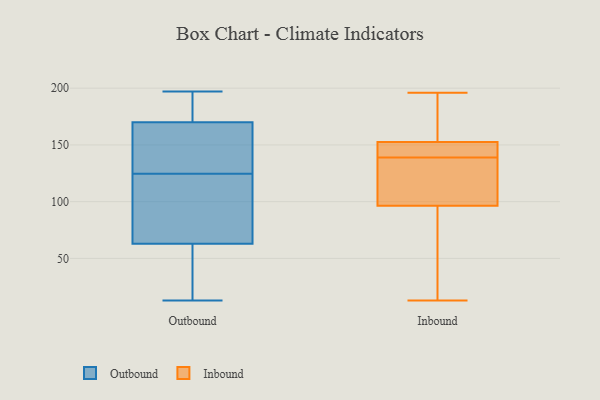
{"axis": {"x": "Bounce Rate (%)", "y": "Value"}, "legend": ["Inbound", "Outbound"], "data": [{"x": "", "y": 118, "type": "Outbound"}, {"x": "", "y": 60, "type": "Outbound"}, {"x": "", "y": 197, "type": "Outbound"}, {"x": "", "y": 166, "type": "Outbound"}, {"x": "", "y": 173, "type": "Outbound"}, {"x": "", "y": 170, "type": "Outbound"}, {"x": "", "y": 105, "type": "Outbound"}, {"x": "", "y": 155, "type": "Outbound"}, {"x": "", "y": 13, "type": "Outbound"}, {"x": "", "y": 131, "type": "Outbound"}, {"x": "", "y": 172, "type": "Outbound"}, {"x": "", "y": 106, "type": "Outbound"}, {"x": "", "y": 151, "type": "Outbound"}, {"x": "", "y": 192, "type": "Outbound"}, {"x": "", "y": 81, "type": "Outbound"}, {"x": "", "y": 63, "type": "Outbound"}, {"x": "", "y": 25, "type": "Outbound"}, {"x": "", "y": 34, "type": "Outbound"}, {"x": "", "y": 176, "type": "Inbound"}, {"x": "", "y": 143, "type": "Inbound"}, {"x": "", "y": 97, "type": "Inbound"}, {"x": "", "y": 139, "type": "Inbound"}, {"x": "", "y": 170, "type": "Inbound"}, {"x": "", "y": 112, "type": "Inbound"}, {"x": "", "y": 166, "type": "Inbound"}, {"x": "", "y": 130, "type": "Inbound"}, {"x": "", "y": 95, "type": "Inbound"}, {"x": "", "y": 196, "type": "Inbound"}, {"x": "", "y": 13, "type": "Inbound"}, {"x": "", "y": 35, "type": "Inbound"}, {"x": "", "y": 147, "type": "Inbound"}, {"x": "", "y": 104, "type": "Inbound"}, {"x": "", "y": 79, "type": "Inbound"}, {"x": "", "y": 148, "type": "Inbound"}, {"x": "", "y": 147, "type": "Inbound"}]}